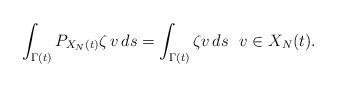
\begin{align*} \int_{\Gamma(t)} P_{X_N(t)} \zeta \, v \,ds = \int_{\Gamma(t)} \zeta v \, ds ~~v \in X_N(t).\end{align*}